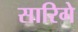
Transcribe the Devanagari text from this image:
सारिगे